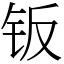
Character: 钣